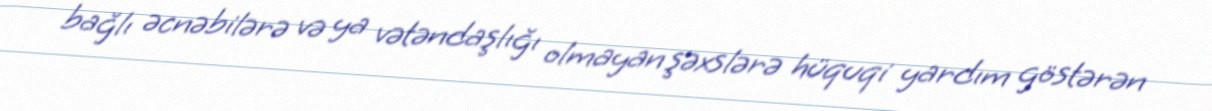
bağlı əcnəbilərə və ya vətəndaşlığı olmayan şəxslərə hüquqi yardım göstərən